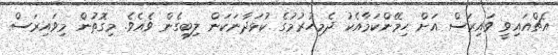
އެޗްއައިވީ ވައިރަސް އަށް ހިމޭންކަމާއެކު ދެމިހުރުމުގެ ކުޅަދާނަކަން ލިބިގެން ވެއެވެ. މިގޮތުން މިވައިރަސް